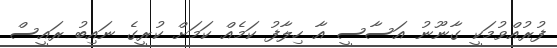
ފުރުއްވުމަކީ ގާނޫނު އަސާސީ އާ ހިލާފު ކަމެއް ކަމަށް ކުރީގެ ނައިބު ރައީސް